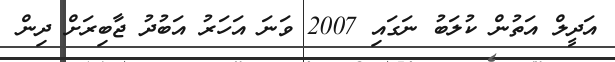
އަދީލް އަތުން ކުލަބު ނަގައި 2007 ވަނަ އަހަރު އަބުދު ޖާބިރަށް ދިން